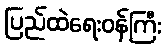
ပြည်ထဲရေးဝန်ကြီး